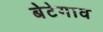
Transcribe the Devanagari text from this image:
बेटेगाव